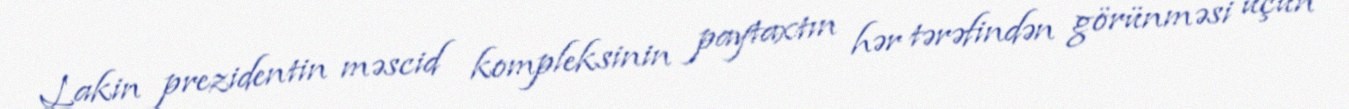
Lakin prezidentin məscid kompleksinin paytaxtın hər tərəfindən görünməsi üçün